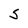
Character: S